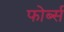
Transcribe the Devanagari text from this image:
फोर्ब्‍स